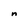
Character: n